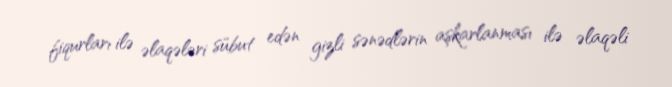
fiqurları ilə əlaqələri sübut edən gizli sənədlərin aşkarlanması ilə əlaqəli